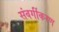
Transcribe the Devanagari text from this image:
संवर्गीकरण